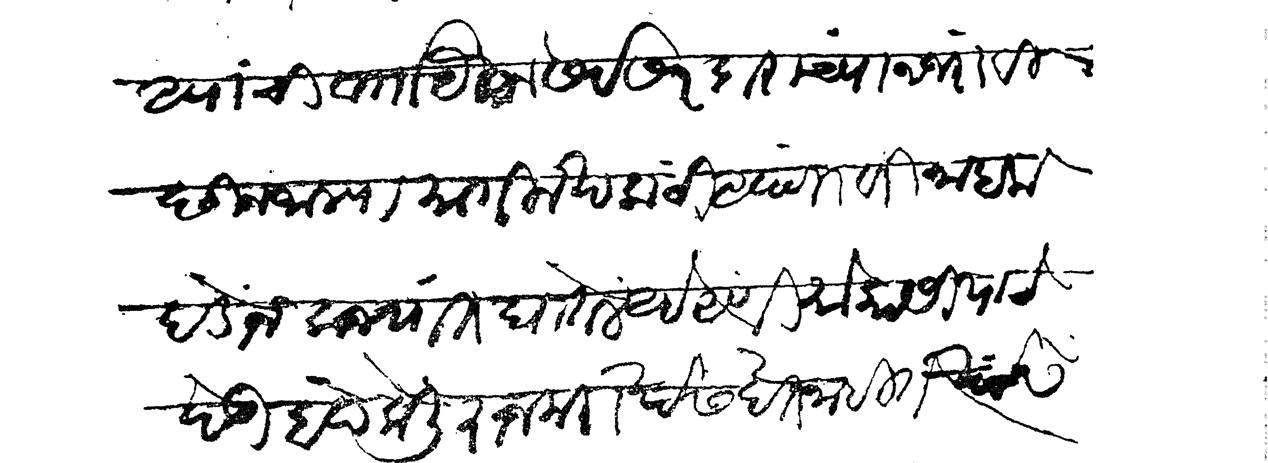
Transliteration (Devanagari): अपांची वार्ता येकोन सर्व सरदारांच्या नजरा विछिन जाल्या मागील खकटी आपणावरी नाहक पडोन कज्यांत घातले आहे आणि मोकासी याचे घोडी बंद केली रोजमरा खर्चास देत नाहींत खर्चास